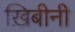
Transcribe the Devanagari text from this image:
ख़िबीनी